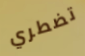
تضطري